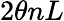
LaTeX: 2\theta nL